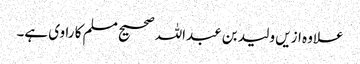
علاوہ ازیں ولید بن عبداللہ صحیح مسلم کا راوی ہے۔